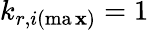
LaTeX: k_{r,i(\operatorname*{ma\mathbf{x}})}=1